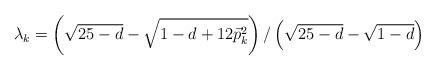
LaTeX: \begin{align*}\lambda_{k} = \left(\sqrt{25-d} - \sqrt{1-d+12\vec{p}_{k}^{2}}\right)/ \left(\sqrt{25-d} - \sqrt{1-d}\right)\end{align*}